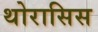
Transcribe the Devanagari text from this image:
थोरासिस